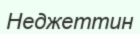
Неджеттин